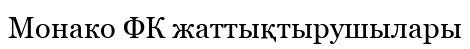
Монако ФК жаттықтырушылары